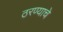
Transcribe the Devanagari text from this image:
ठरण्याचे